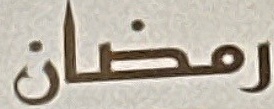
رمضان